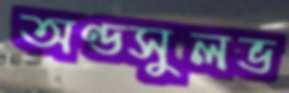
অণ্ডসুলভ